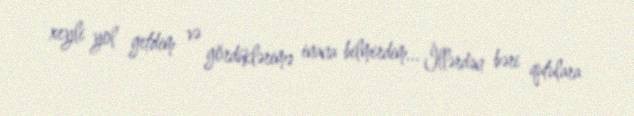
xeyli yol getdim və gördüklərimə inana bilmirdim... İllərdən bəri qutulara